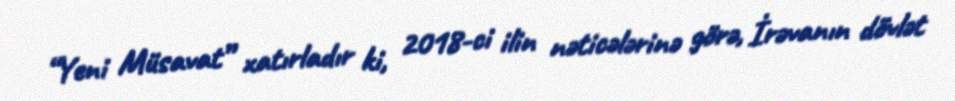
“Yeni Müsavat” xatırladır ki, 2018-ci ilin nəticələrinə görə, İrəvanın dövlət